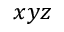
x y z